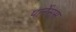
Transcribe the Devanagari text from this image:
पार्नेसस